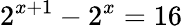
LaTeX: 2^{x+1}-2^{x}=16